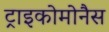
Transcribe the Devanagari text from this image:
ट्राइकोमोनैस